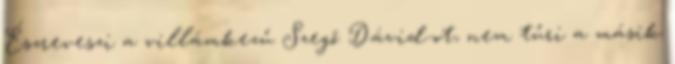
Észreveszi a villámkezű Szegő Dávid-ot, nem tűri a másik